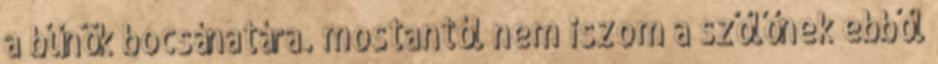
a bűnök bocsánatára. mostantól nem iszom a szőlőnek ebből